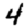
Digit: 4